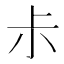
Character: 尗